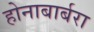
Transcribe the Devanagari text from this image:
होनाबार्बरा